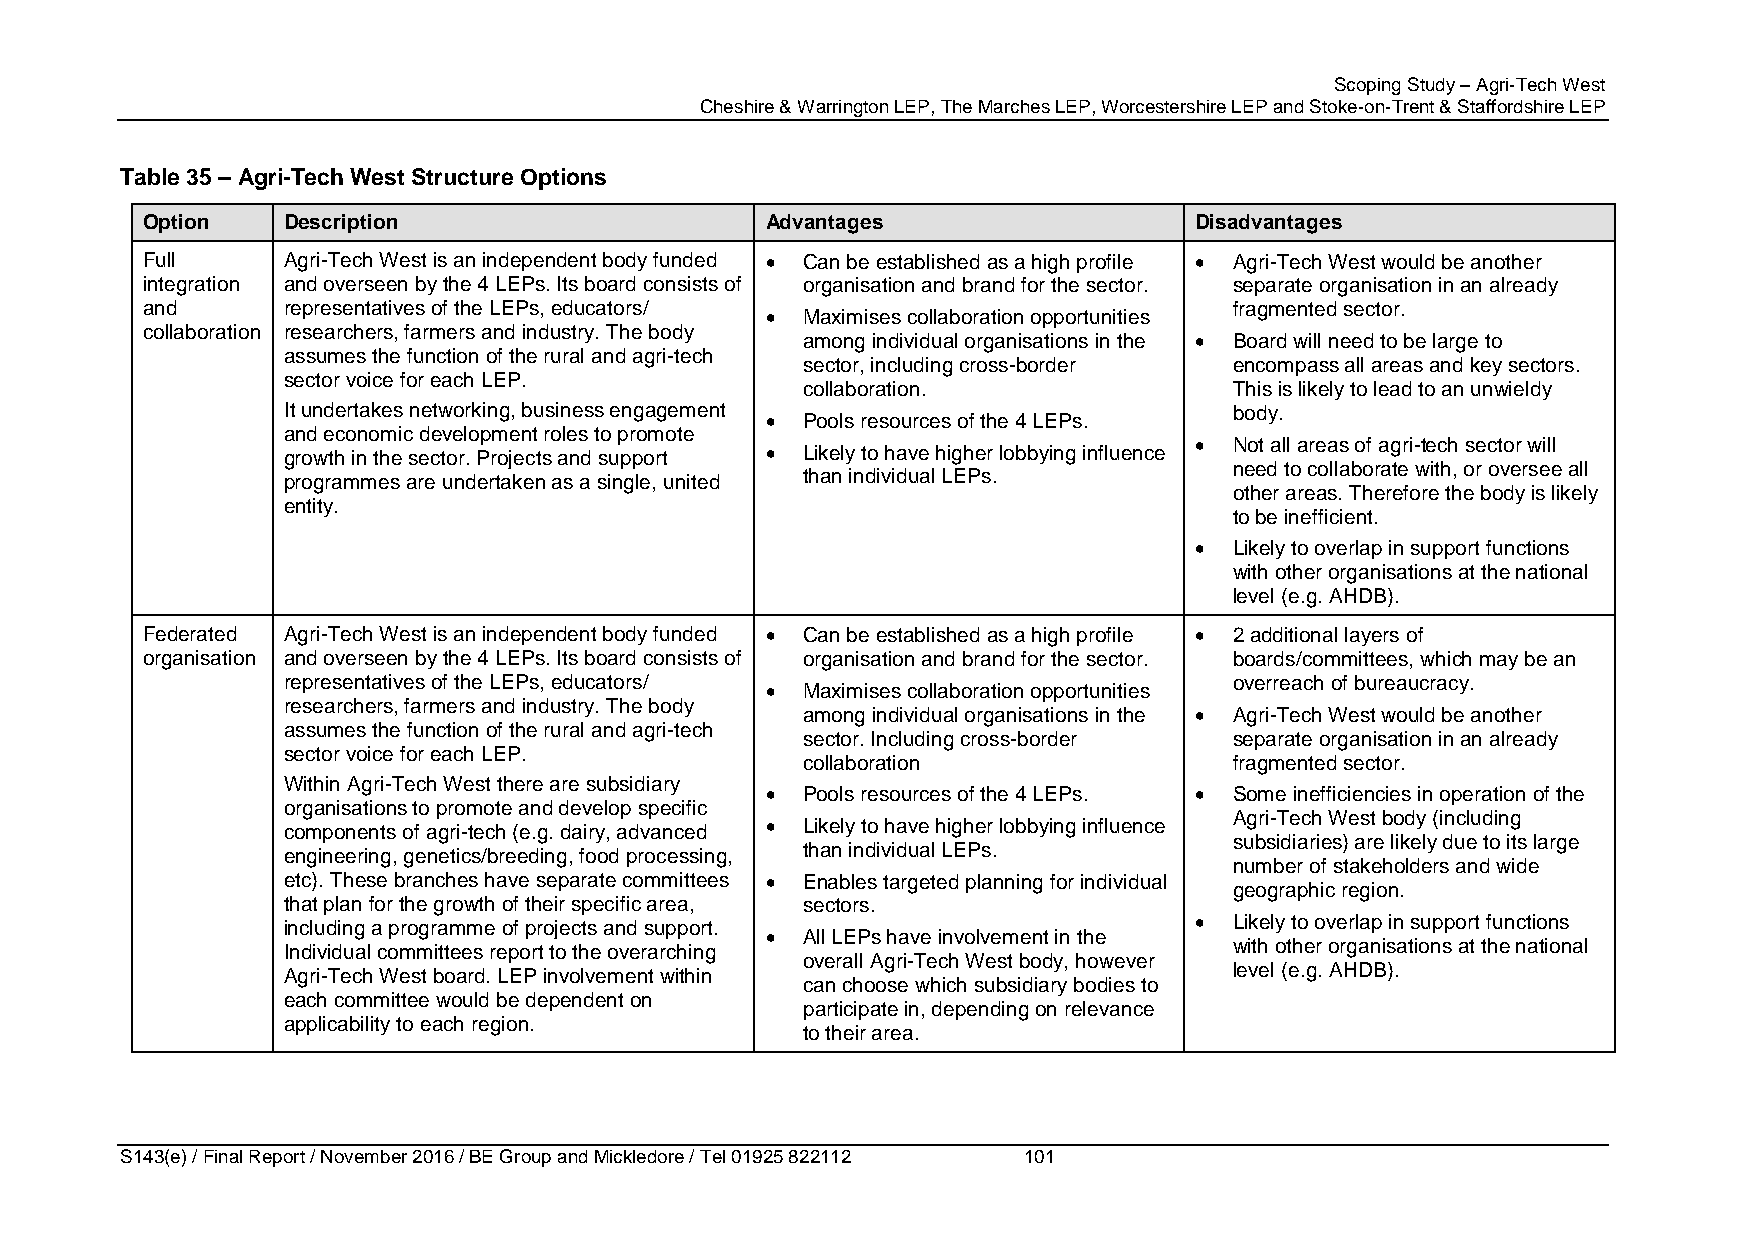
Scoping Study – Agri-Tech West
 Cheshire & Warrington LEP, The Marches LEP, Worcestershire LEP and Stoke-on-Trent & Staffordshire LEP
 Table 35 – Agri-Tech West Structure Options
 Option    Description                     Advantages                  Disadvantages
 Full      Agri-Tech West is an independent body funded  Can be established as a high profile  Agri-Tech West would be another
 integration and overseen by the 4 LEPs. Its board consists of organisation and brand for the sector. separate organisation in an already
 and       representatives of the LEPs, educators/                        fragmented sector.
  Maximises collaboration opportunities
 collaboration researchers, farmers and industry. The body
 among individual organisations in the  Board will need to be large to
 assumes the function of the rural and agri-tech
 sector, including cross-border encompass all areas and key sectors.
 sector voice for each LEP.
 collaboration.               This is likely to lead to an unwieldy
 It undertakes networking, business engagement                  body.
  Pools resources of the 4 LEPs.
 and economic development roles to promote
   Not all areas of agri-tech sector will
 growth in the sector. Projects and support  Likely to have higher lobbying influence
 need to collaborate with, or oversee all
 programmes are undertaken as a single, united than individual LEPs.
 other areas. Therefore the body is likely
 entity.
 to be inefficient.
   Likely to overlap in support functions
 with other organisations at the national
 level (e.g. AHDB).
 Federated Agri-Tech West is an independent body funded  Can be established as a high profile  2 additional layers of
 organisation and overseen by the 4 LEPs. Its board consists of organisation and brand for the sector. boards/committees, which may be an
 representatives of the LEPs, educators/                        overreach of bureaucracy.
  Maximises collaboration opportunities
 researchers, farmers and industry. The body
 among individual organisations in the  Agri-Tech West would be another
 assumes the function of the rural and agri-tech
 sector. Including cross-border separate organisation in an already
 sector voice for each LEP.
 collaboration                fragmented sector.
 Within Agri-Tech West there are subsidiary
  Pools resources of the 4 LEPs.  Some inefficiencies in operation of the
 organisations to promote and develop specific
 Agri-Tech West body (including
 components of agri-tech (e.g. dairy, advanced  Likely to have higher lobbying influence
 subsidiaries) are likely due to its large
 engineering, genetics/breeding, food processing, than individual LEPs.
 number of stakeholders and wide
 etc). These branches have separate committees  Enables targeted planning for individual
 geographic region.
 that plan for the growth of their specific area, sectors.
 including a programme of projects and support.                Likely to overlap in support functions
  All LEPs have involvement in the
 Individual committees report to the overarching                with other organisations at the national
 overall Agri-Tech West body, however
 Agri-Tech West board. LEP involvement within                   level (e.g. AHDB).
 can choose which subsidiary bodies to
 each committee would be dependent on
 participate in, depending on relevance
 applicability to each region.
 to their area.
 S143(e) / Final Report / November 2016 / BE Group and Mickledore / Tel 01925 822112 101